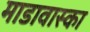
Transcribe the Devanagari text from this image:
माडावास्का